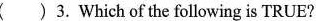
( ) 3. Which of the following is TRUE?